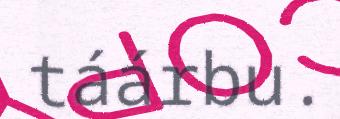
táárbu.